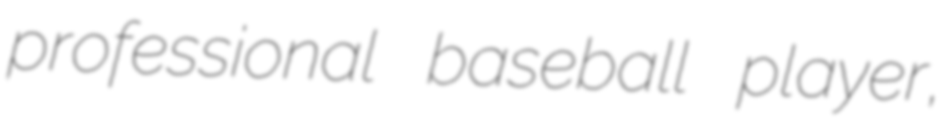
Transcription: professional baseball player,